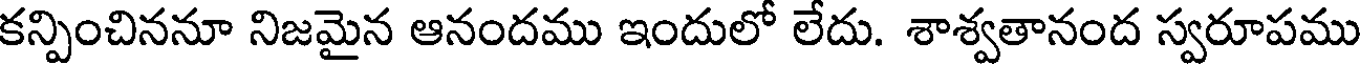
కన్పించిననూ నిజమైన ఆనందము ఇందులో లేదు. శాశ్వతానంద స్వరూపము